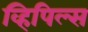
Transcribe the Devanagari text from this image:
व्हिपिल्स